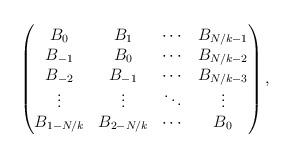
LaTeX: \begin{align*}\begin{pmatrix}B_0 & B_1 & \cdots & B_{N/k-1} \\B_{-1} & B_0 & \cdots & B_{N/k-2} \\B_{-2} & B_{-1} & \cdots & B_{N/k-3} \\\vdots & \vdots & \ddots & \vdots \\B_{1-N/k} & B_{2-N/k} & \cdots & B_{0}\end{pmatrix},\end{align*}